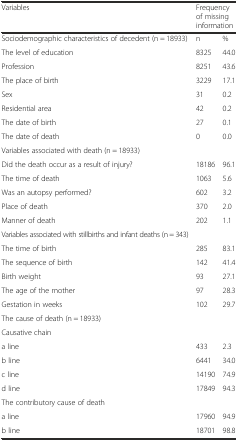
<table><thead><tr><td><b>Variables</b></td><td colspan="2"><b>Frequency of missing information</b></td></tr></thead><tbody><tr><td>Sociodemographic characteristics of decedent (n = 18933)</td><td>n</td><td>%</td></tr><tr><td>The level of education</td><td>8325</td><td>44.0</td></tr><tr><td>Profession</td><td>8251</td><td>43.6</td></tr><tr><td>The place of birth</td><td>3229</td><td>17.1</td></tr><tr><td>Sex</td><td>31</td><td>0.2</td></tr><tr><td>Residential area</td><td>42</td><td>0.2</td></tr><tr><td>The date of birth</td><td>27</td><td>0.1</td></tr><tr><td>The date of death</td><td>0</td><td>0.0</td></tr><tr><td>Variables associated with death (n = 18933)</td><td></td><td></td></tr><tr><td>Did the death occur as a result of injury?</td><td>18186</td><td>96.1</td></tr><tr><td>The time of death</td><td>1063</td><td>5.6</td></tr><tr><td>Was an autopsy performed?</td><td>602</td><td>3.2</td></tr><tr><td>Place of death</td><td>370</td><td>2.0</td></tr><tr><td>Manner of death</td><td>202</td><td>1.1</td></tr><tr><td>Variables associated with stillbirths and infant deaths (n = 343)</td><td></td><td></td></tr><tr><td>The time of birth</td><td>285</td><td>83.1</td></tr><tr><td>The sequence of birth</td><td>142</td><td>41.4</td></tr><tr><td>Birth weight</td><td>93</td><td>27.1</td></tr><tr><td>The age of the mother</td><td>97</td><td>28.3</td></tr><tr><td>Gestation in weeks</td><td>102</td><td>29.7</td></tr><tr><td>The cause of death (n = 18933)</td><td></td><td></td></tr><tr><td>Causative chain</td><td></td><td></td></tr><tr><td>a line</td><td>433</td><td>2.3</td></tr><tr><td>b line</td><td>6441</td><td>34.0</td></tr><tr><td>c line</td><td>14190</td><td>74.9</td></tr><tr><td>d line</td><td>17849</td><td>94.3</td></tr><tr><td>The contributory cause of death</td><td></td><td></td></tr><tr><td>a line</td><td>17960</td><td>94.9</td></tr><tr><td>b line</td><td>18701</td><td>98.8</td></tr></tbody></table>